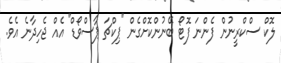
ލޮކް ސްކްރީނުން ފެންނަ ފޮޓޯ ބޭނުންކޮށްގެން "ޕިކްޗަ ޕާސްވޯޑް" އެއް ޖެހިދާނެ އެވެ.